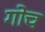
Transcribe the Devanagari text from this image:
गोच